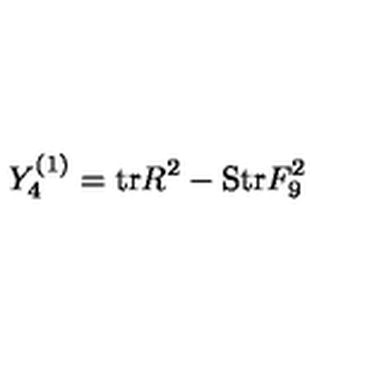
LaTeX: Y _ { 4 } ^ { ( 1 ) } = \mathrm { t r } R ^ { 2 } - \mathrm { S t r } F _ { 9 } ^ { 2 }